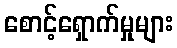
စောင့်ရှောက်မှုများ